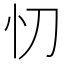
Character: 忉